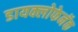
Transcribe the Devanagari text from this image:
डायक्लोफेनॅक